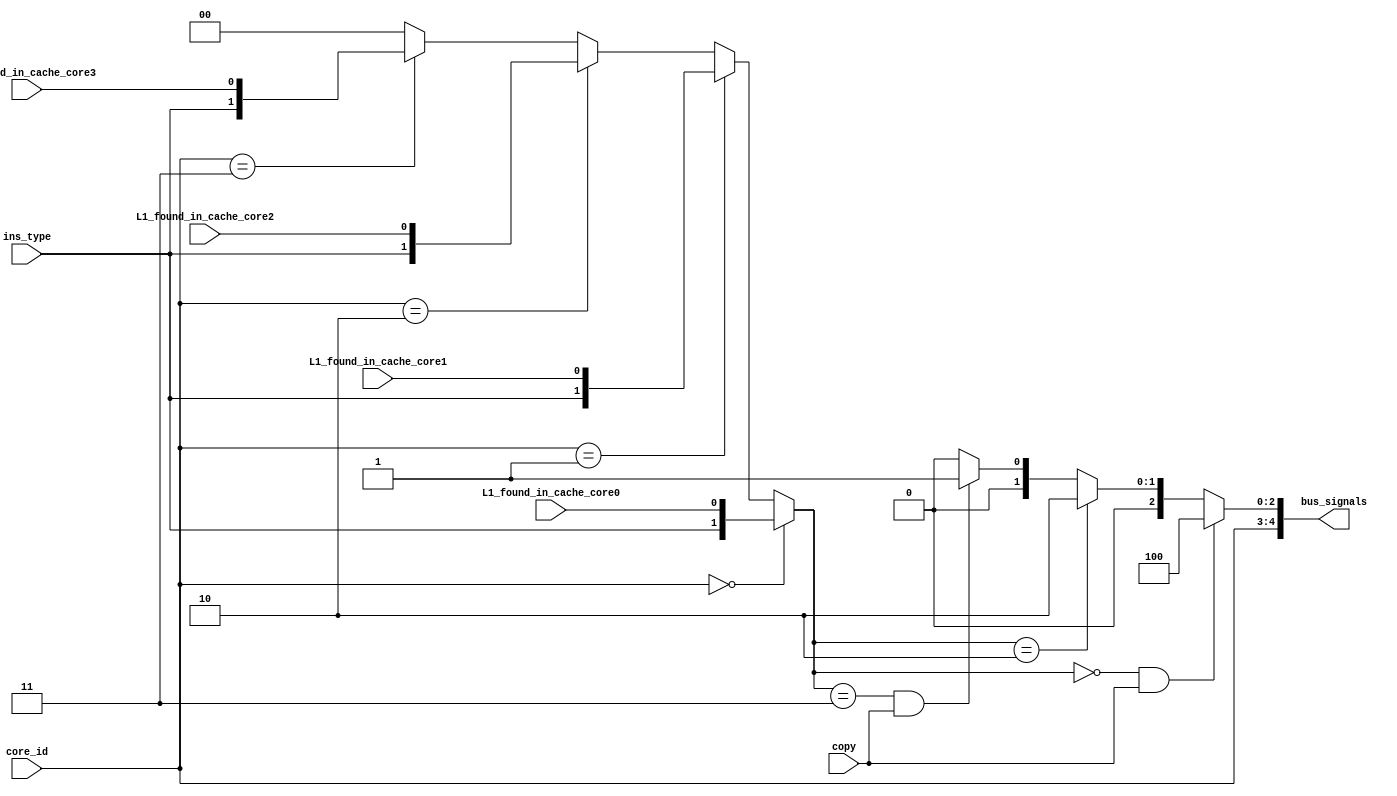
`timescale 1ns / 1ps
//////////////////////////////////////////////////////////////////////////////////
// Company: 
// Engineer: 
// 
// Design Name: 
// Module Name: MESI_bus_controller
// Project Name: 
// Target Devices: 
// Tool Versions: 
// Description: 
// 
// Dependencies: 
// 
// Revision:
// Revision 0.01 - File Created
// Additional Comments:
// 
//////////////////////////////////////////////////////////////////////////////////


module MESI_bus_controller(core_id,copy,ins_type,L1_found_in_cache_core0,L1_found_in_cache_core1,L1_found_in_cache_core2,L1_found_in_cache_core3,bus_signals);
    
    input [1:0] core_id;
    input copy; // copy - 0 if it is single copy else 1 for more than one copy
    input ins_type,L1_found_in_cache_core0,L1_found_in_cache_core1,L1_found_in_cache_core2,L1_found_in_cache_core3;
    
    output  [4:0] bus_signals; // {core_id, BusRd, BusRdX, BusUpgr} 
            
    // read-write hit-miss, 
    // read_miss - 00, read_hit - 01, write_miss - 10 & write_hit - 11
    wire [1:0] rw_hm;
    
    assign rw_hm = (core_id == 0) ?  {ins_type,L1_found_in_cache_core0} :
                   (core_id == 1) ?  {ins_type,L1_found_in_cache_core1} :
                   (core_id == 2) ?  {ins_type,L1_found_in_cache_core2} : 
                   (core_id == 3) ?  {ins_type,L1_found_in_cache_core3} : 2'b00;

    assign bus_signals = {core_id,
                          ((rw_hm == 2'b00) && copy) ? 3'b100 : 
                          (rw_hm == 2'b10) ? 3'b010 :
                          ((rw_hm == 2'b11) && copy) ? 3'b001 : 3'b000}; 
                                              
endmodule